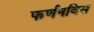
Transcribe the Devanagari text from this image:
फर्णनविस